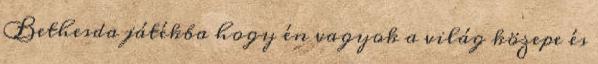
Bethesda játékba hogy én vagyok a világ közepe és